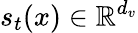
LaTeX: s_{t}(x)\in\mathbb{R}^{d_{v}}